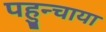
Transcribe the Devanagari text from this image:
पहुन्चाया